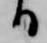
る